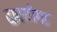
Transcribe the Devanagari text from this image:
दाबसीमा